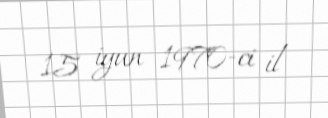
15 iyun 1970-ci il